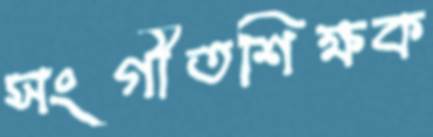
সংগীতশিক্ষক